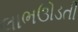
લાભઊડતી